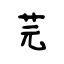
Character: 芫